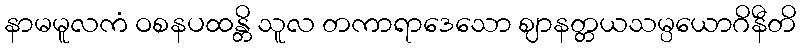
နာမမူလကံ ဝစနပထန္တိ သူလ တကာရာဒေသော ဈာနတ္တယသမ္ပယောဂိနီတိ